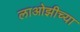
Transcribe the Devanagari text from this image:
लाओझीच्या